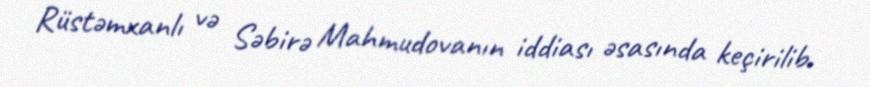
Rüstəmxanlı və Səbirə Mahmudovanın iddiası əsasında keçirilib.